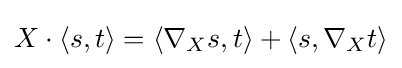
X\cdot \langle s,t\rangle =\langle \nabla _{X}s,t\rangle +\langle s,\nabla _{X}t\rangle